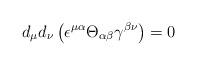
LaTeX: \begin{align*}d_\mu d_\nu \left(\epsilon^{\mu\alpha}\Theta_{\alpha\beta}\gamma^{\beta\nu} \right) = 0\end{align*}